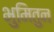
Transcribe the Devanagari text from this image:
भुमितुन